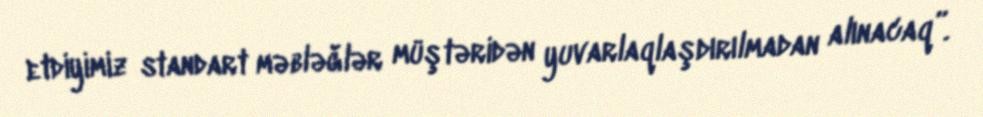
etdiyimiz standart məbləğlər müştəridən yuvarlaqlaşdırılmadan alınacaq”.